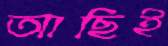
আছিই